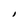
Character: I